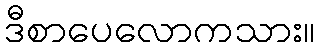
ဒီစာပေလောကသား။